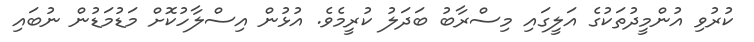
ކުރުވި އުންމީދުތަކުގެ އަލީގައި މިސްރާބު ބަދަލު ކުރީމެވެ. އުޅުން އިސްލާހުކޮށް މަޑުމަޑުން ނުބައި